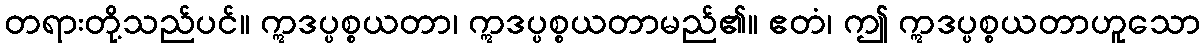
တရားတို့သည်ပင်။ ဣဒပ္ပစ္စယတာ၊ ဣဒပ္ပစ္စယတာမည်၏။ ဧတံ၊ ဤ ဣဒပ္ပစ္စယတာဟူသော